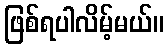
ဖြစ်ရပါလိမ့်မယ်။